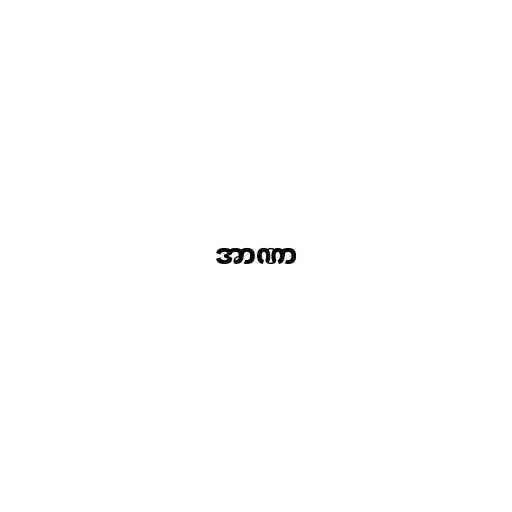
အာဏာ